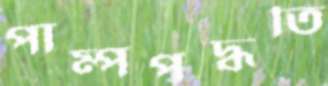
পাম্পপদ্ধতি